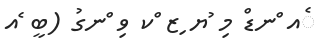
ެއ ްނޑް މި ުޔ ިޒ ްކ ވި ްނގު (ބީ ެއ